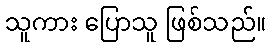
သူကား ပြောသူ ဖြစ်သည်။